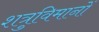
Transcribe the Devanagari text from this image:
शत्रुविमानों